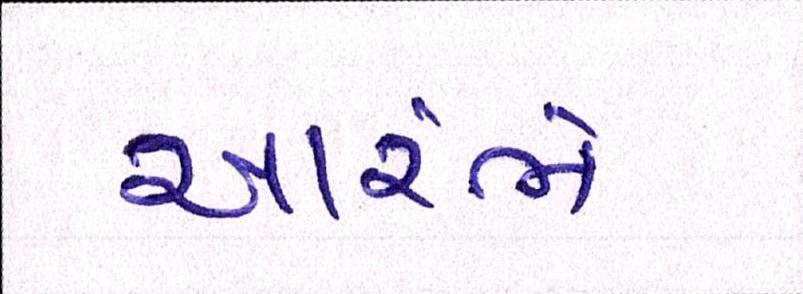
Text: આરંભે